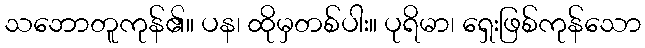
သဘောတူကုန်၏။ ပန၊ ထိုမှတစ်ပါး။ ပုရိမာ၊ ရှေးဖြစ်ကုန်သော